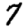
Digit: 7